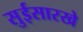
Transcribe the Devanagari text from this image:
सुईसारखे